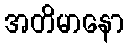
အတိမာနော